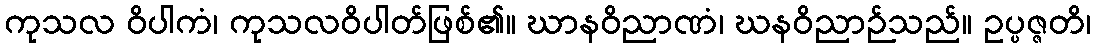
ကုသလ ဝိပါကံ၊ ကုသလဝိပါတ်ဖြစ်၏။ ဃာနဝိညာဏံ၊ ဃနဝိညာဉ်သည်။ ဥပ္ပဇ္ဇတိ၊